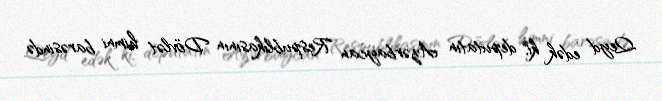
Qeyd edək ki, deputatın Azərbaycan Respublikasının Dövlət himni barəsində